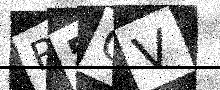
Text: R5GV